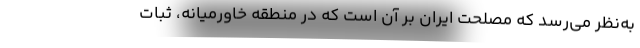
به‌نظر می‌رسد که مصلحت ایران بر آن است که در منطقه خاورمیانه، ثبات